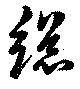
總